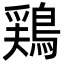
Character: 鶏